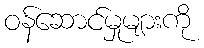
ဝန်ဆောင်မှုများကို